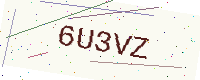
Text: 6U3VZ